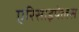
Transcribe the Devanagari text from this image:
एरिसाइपेलस